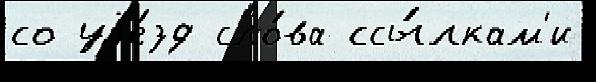
со уjе́зд сло́ва ссы́лкам'и